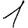
Digit: 1